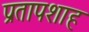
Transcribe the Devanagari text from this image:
प्रतापशाह